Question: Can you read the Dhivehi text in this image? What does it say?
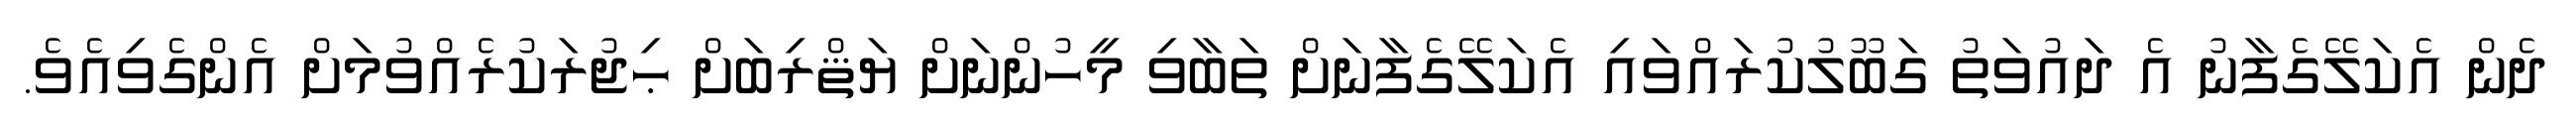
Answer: ދެން އެކަލޭގެފާނު އެ ދައުވަތު ގަބޫލުކުރައްވައި އެކަލޭގެފާނަށް ތަބާވި މީހުންނަށް ޔަޘްރިބަށް ޙިޖުރަކުރެއްވުމަށް އެންގެވިއެވެ.